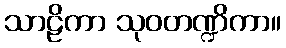
သာဠိကာ သုဝတဏ္ဍိကာ။